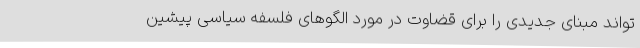
‌تواند مبنای جدیدی را برای قضاوت در مورد الگوهای فلسفه سیاسی پیشین